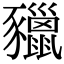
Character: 䝓